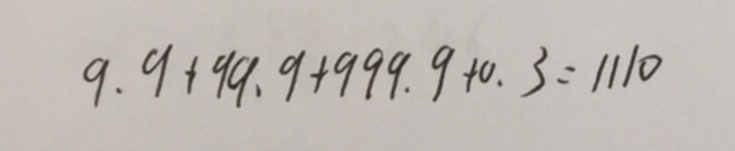
9 . 9 + 9 9 . 9 + 9 9 9 . 9 + 0 . 3 = 1 1 1 0